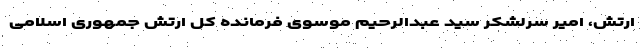
ارتش، امیر سرلشکر سید عبدالرحیم موسوی فرمانده کل ارتش جمهوری اسلامی